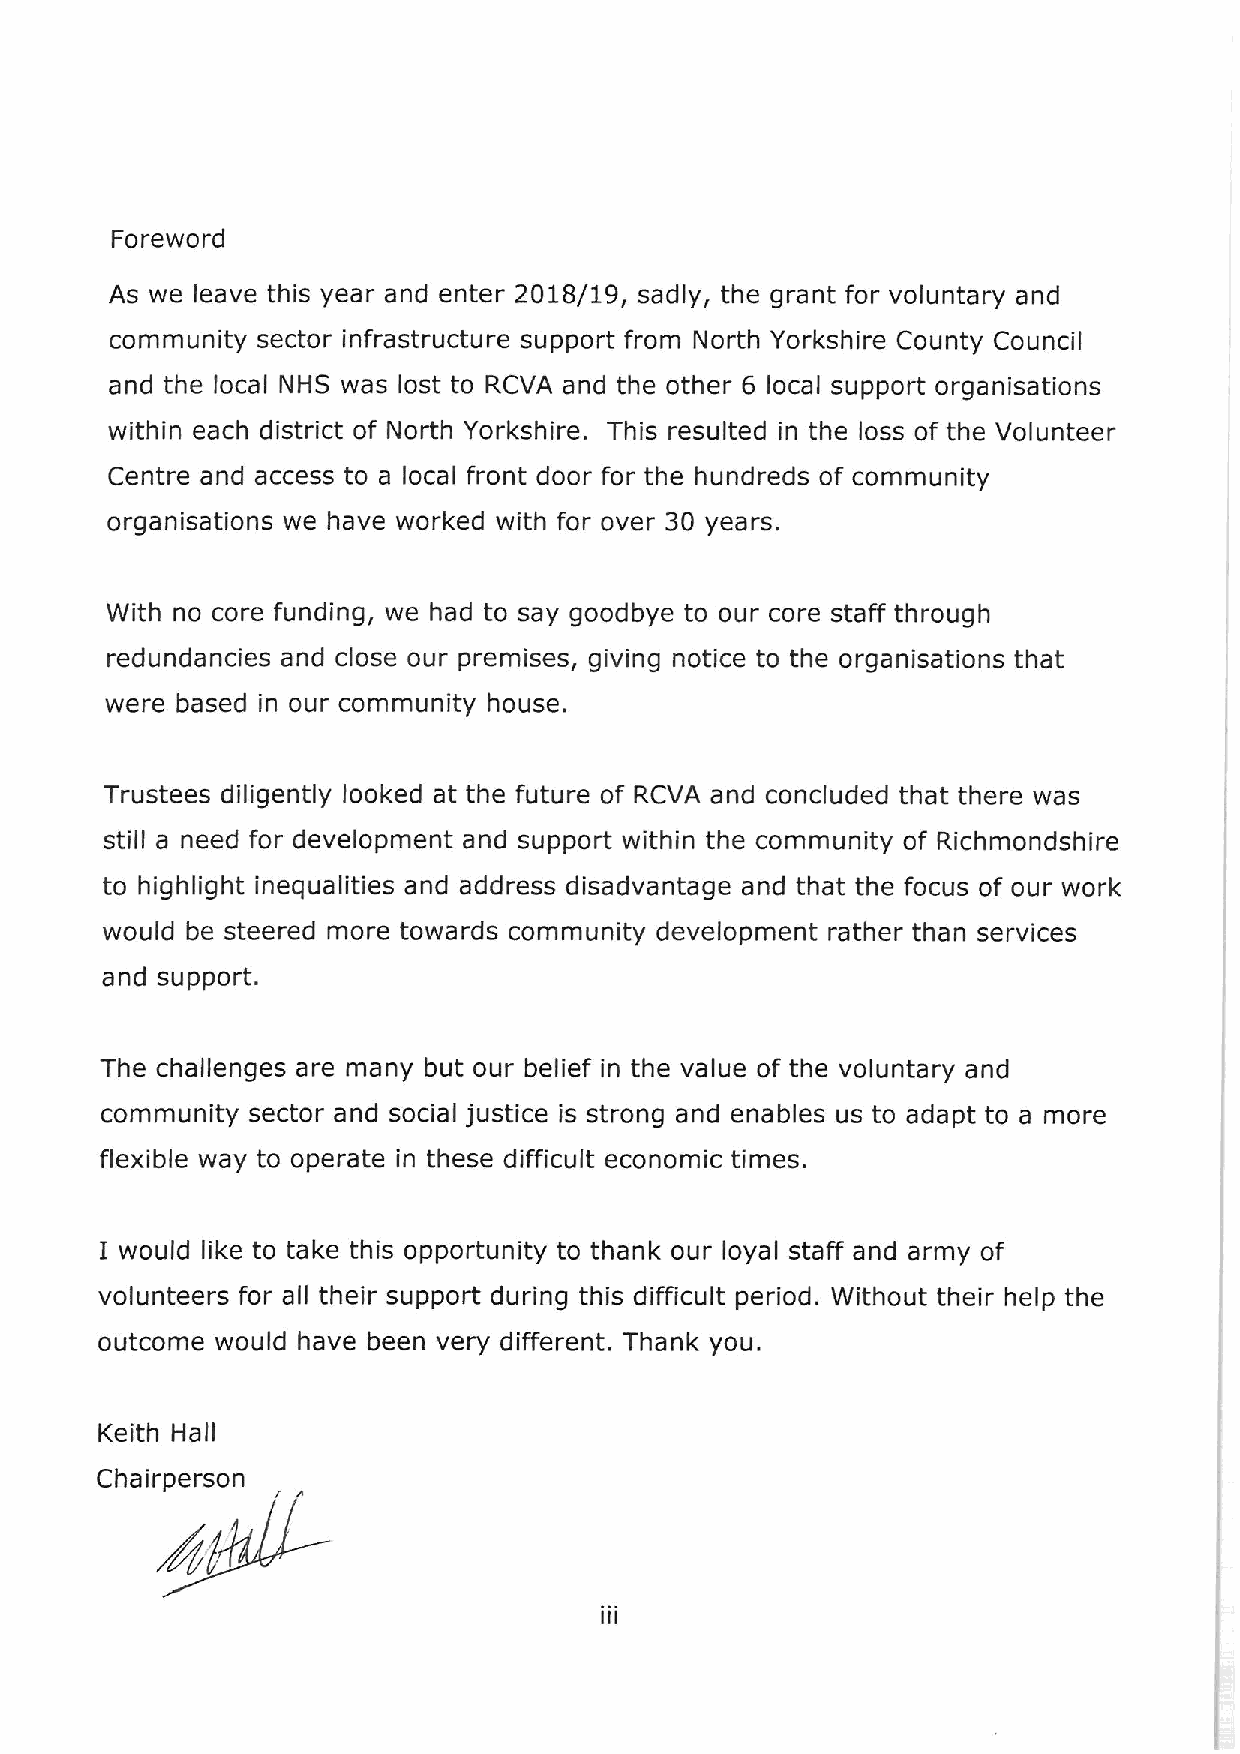
Foreword
 As we leave this year and enter 2018/19, sadly, the grant for voluntary and
 community sector infrastructure support from North Yorkshire County Council
 and the local NHS was lost to RCVA and the other 6 local support organisations
 within each district of North Yorkshire. This resulted in the loss of the Volunteer
 Centre and access to a local front door for the hundreds of community
 organisations we have worked with for over 30 years.
 With no core funding, we had to say goodbye to our core staff through
 redundancies and close our premises, giving notice to the organisations that
 were based in our community house.
 Trustees diligently looked at the future of RCVA and concluded that there was
 still a need for development and support within the community of Richmondshire
 to highlight inequalities and address disadvantage and that the focus of our work
 would be steered more towards community development rather than services
 and support.
 The challenges are many but our belief in the value of the voluntary and
 community sector and social justice is strong and enables us to adapt to a more
 flexible way to operate in these difficult economic times.
 I would like to take this opportunity to thank our loyal staff and army of
 volunteers for all their support during this difficult period. Without their help the
 outcome would have been very different. Thank you.
 Keith Hall
 Chairperson